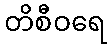
တိစီဝရေ